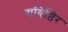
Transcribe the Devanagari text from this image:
गविष्ठिर